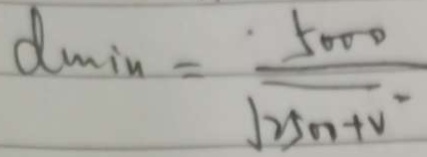
d \min = \frac { 5 0 0 0 } { \sqrt { 2 5 0 0 + v } }